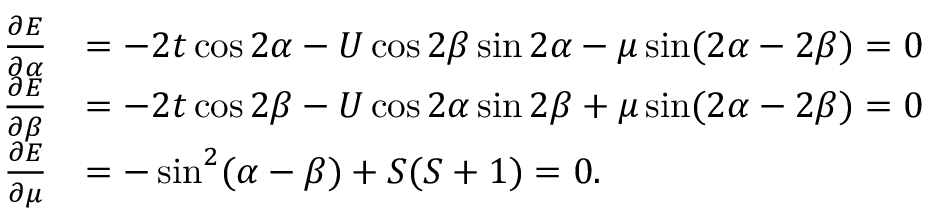
\begin{array} { r l } { \frac { \partial E } { \partial \alpha } } & { = - 2 t \cos 2 \alpha - U \cos 2 \beta \sin 2 \alpha - \mu \sin ( 2 \alpha - 2 \beta ) = 0 } \\ { \frac { \partial E } { \partial \beta } } & { = - 2 t \cos 2 \beta - U \cos 2 \alpha \sin 2 \beta + \mu \sin ( 2 \alpha - 2 \beta ) = 0 } \\ { \frac { \partial E } { \partial \mu } } & { = - \sin ^ { 2 } ( \alpha - \beta ) + S ( S + 1 ) = 0 . } \end{array}